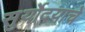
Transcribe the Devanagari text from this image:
सुर्योदयाचे